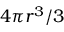
4 \pi r ^ { 3 } / 3